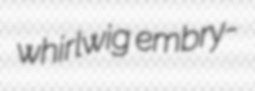
whirlwig embry-